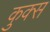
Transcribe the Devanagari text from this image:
कुक्स